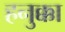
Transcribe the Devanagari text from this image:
हनुक्का